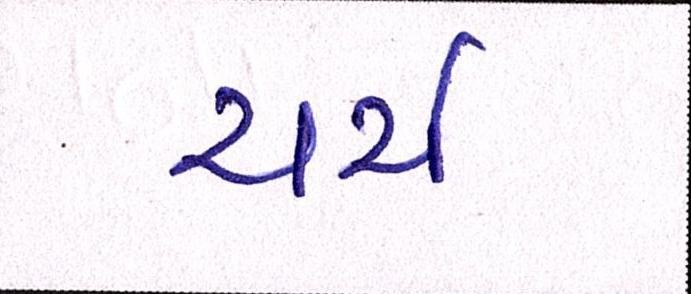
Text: ચર્ચ